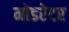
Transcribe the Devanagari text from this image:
मोडरेटर